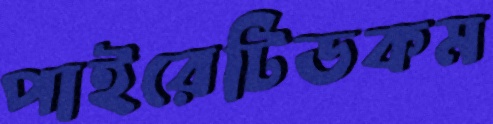
পাইরেটিডকম